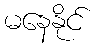
မနေနိုင်